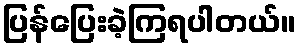
ပြန်ပြေးခဲ့ကြရပါတယ်။